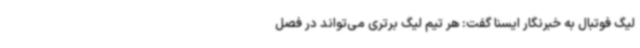
لیگ فوتبال به خبرنگار ایسنا گفت: هر تیم لیگ برتری می‌تواند در فصل